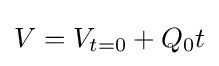
V=V_{t=0}+Q_{0}t